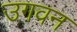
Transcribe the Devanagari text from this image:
उगवन